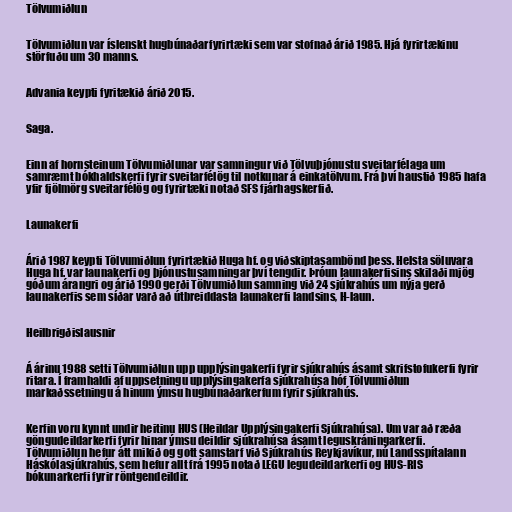
Tölvumiðlun

Tölvumiðlun var íslenskt hugbúnaðarfyrirtæki sem var stofnað árið 1985. Hjá fyrirtækinu
störfuðu um 30 manns.

Advania keypti fyritækið árið 2015.

Saga.

Einn af hornsteinum Tölvumiðlunar var samningur við Tölvuþjónustu sveitarfélaga um
samræmt bókhaldskerfi fyrir sveitarfélög til notkunar á einkatölvum. Frá því haustið 1985 hafa
yfir fjölmörg sveitarfélög og fyrirtæki notað SFS fjárhagskerfið.

Launakerfi

Árið 1987 keypti Tölvumiðlun fyrirtækið Huga hf. og viðskiptasambönd þess. Helsta söluvara
Huga hf. var launakerfi og þjónustusamningar því tengdir. Þróun launakerfisins skilaði mjög
góðum árangri og árið 1990 gerði Tölvumiðlun samning við 24 sjúkrahús um nýja gerð
launakerfis sem síðar varð að útbreiddasta launakerfi landsins, H-laun.

Heilbrigðislausnir

Á árinu 1988 setti Tölvumiðlun upp upplýsingakerfi fyrir sjúkrahús ásamt skrifstofukerfi fyrir
ritara. Í framhaldi af uppsetningu upplýsingakerfa sjúkrahúsa hóf Tölvumiðlun
markaðssetningu á hinum ýmsu hugbúnaðarkerfum fyrir sjúkrahús.

Kerfin voru kynnt undir heitinu HUS (Heildar Upplýsingakerfi Sjúkrahúsa). Um var að ræða
göngudeildarkerfi fyrir hinar ýmsu deildir sjúkrahúsa ásamt leguskráningarkerfi.
Tölvumiðlun hefur átt mikið og gott samstarf við Sjúkrahús Reykjavíkur, nú Landsspítalann
Háskólasjúkrahús, sem hefur allt frá 1995 notað LEGU legudeildarkerfi og HUS-RIS
bókunarkerfi fyrir röntgendeildir.